Report on sanitation, dispensaries, and jails in Rajputana for 1914, and on vaccination for the year 1914-1915 - 1914-1915
Year: 1914
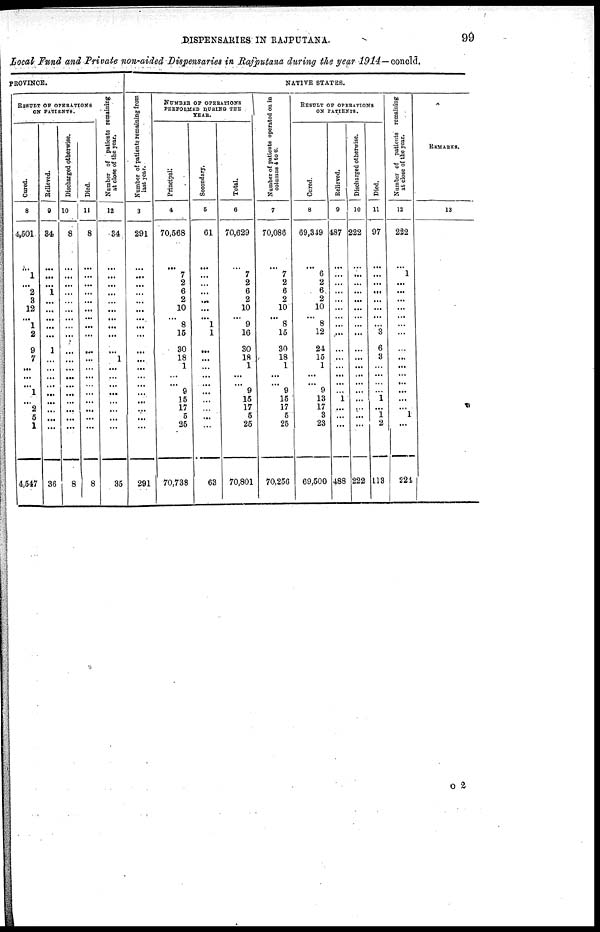
DISPENSARIES IN RAJPUTANA.
99
Local Fund and Private non-aided Dispensaries in Rajputana during the year 1914— concld.
PROVINCE.
RESULT OF OPERATIONS
ON PATIENTS.
Cured.
8
4,501
...
1
...
2
3
12
... 1
2
9
7
...
...
...
1
...
2
5
1
4,547
Relieved.
9
34
...
...
...
1
...
...
...
...
...
1
...
...
...
...
...
...
...
...
...
36
Discharged otherwise.
10
8
...
...
...
...
...
...
...
...
...
...
...
...
...
...
...
...
...
...
...
8
Died.
11
8
...
...
...
...
...
...
...
...
...
...
...
...
...
...
...
...
...
...
...
8
Number of patients remaining
at close of the year.
12
34
...
...
...
...
...
...
... ...
...
...
1
...
...
...
...
...
...
...
...
35
NATIVE STATES.
Number of patients remaining from
last year.
3
291
...
...
...
...
...
...
...
...
...
...
...
...
...
...
...
...
...
...
291
NUMBER OF OPERATIONS
PERFORMED DURING THE
YEAR.
Principal.
4
70,568
...
7
2
6
2
10
...
8
15
30
18
1
...
...
9
15
17
5
25
70,738
Secondary.
5
61
...
...
...
...
...
...
....
1
1
...
...
...
...
...
...
...
...
...
...
63
Total.
6
70,629
...
7
2
6
2
10
... 9
16
30
18
1
...
...
9
15
17
5
26
70,801
Number of patients operated on in
columns 4 to 6.
7
70,086
...
7
2
6
2
10
... 8
15
30
18
1
...
...
9
15
17
5
25
70,256
RESULT OF OPERATIONS
ON PATIENTS.
Cured.
8
69,349
...
6
2
6
2
10
... 8
12
24
15
1
...
...
9
13
17
3
23
69,500
Relieved.
9
487
...
...
...
...
...
...
... ...
...
...
...
...
...
...
...
1
...
...
...
488
Discharged otherwise.
10
222
...
...
...
...
...
...
... ...
...
...
...
...
...
...
...
...
...
...
...
222
Died.
11
97
...
...
...
...
...
...
...
...
3
6
3
...
...
...
...
1
...
1
2
113
Number of patients remaining
at close of the year.
12
222
...
1
...
...
...
...
...
...
...
...
...
...
...
...
...
...
1
...
224
REMARKS.
13